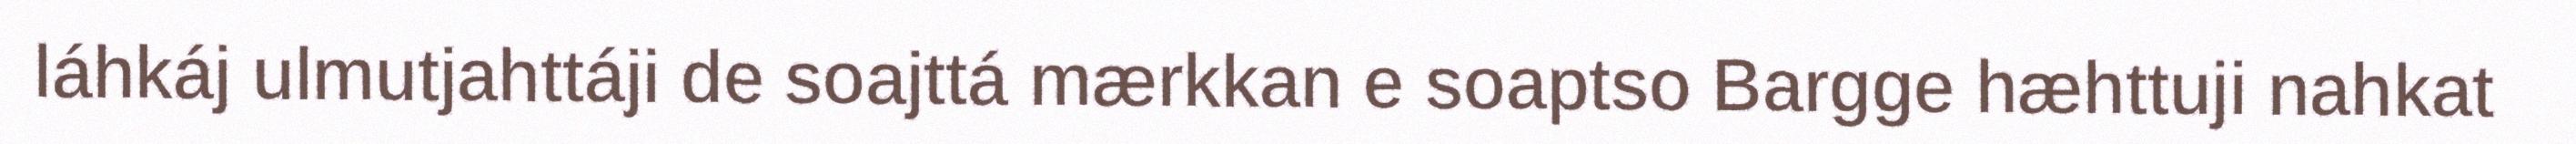
láhkáj ulmutjahttáji de soajttá mærkkan e soaptso Bargge hæhttuji nahkat